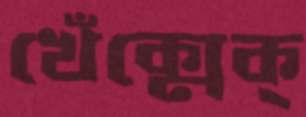
খেঁক্‌মেক্‌